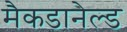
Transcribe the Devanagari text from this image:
मैकडानेल्ड